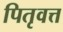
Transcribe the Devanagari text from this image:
पितृवत्त